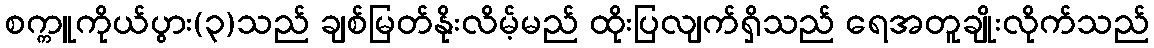
စက္ကူကိုယ်ပွား(၃)သည် ချစ်မြတ်နိုးလိမ့်မည် ထိုးပြလျက်ရှိသည် ရေအတူချိုးလိုက်သည်